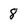
Character: 8